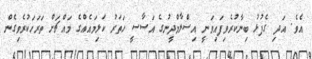
އެވެ. އަދި ގެފުޅު ބިނާކުރެވިފައިވަނީ އިސްލާމްދީނުގެ އަސާސީ ހަތަރު ކަލިމައެއްގެ މައްޗަށް ތަރަހަކުރެވިގެން